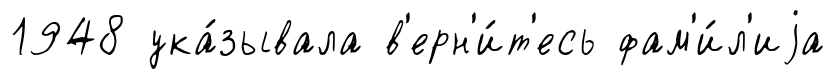
1948 ука́зывала в'ерн'и́т'есь фам'и́л'иjа